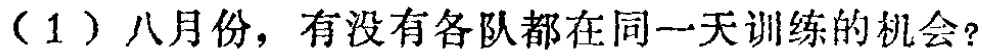
（1）八月份，有没有各队都在同一天训练的机会？